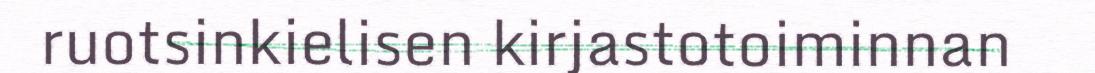
ruotsinkielisen kirjastotoiminnan